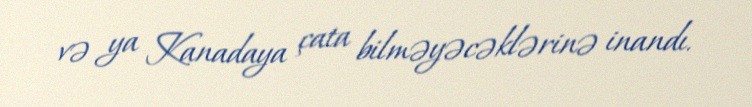
və ya Kanadaya çata bilməyəcəklərinə inandı.